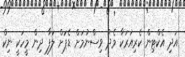
އަދި އެކްޓިން ކެރިއަރަކާ މެދު ވިސްނުމަށް ޑެޕަށް ލަފާ ދިން މީހަކީ ނިކް